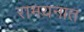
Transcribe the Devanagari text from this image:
रामयनात